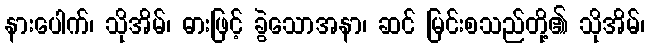
နားပေါက်၊ သိုအိမ်၊ ဓားဖြင့် ခွဲသောအနာ၊ ဆင် မြင်းစသည်တို့၏ သိုအိမ်၊